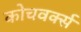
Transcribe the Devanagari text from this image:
कोचवर्क्स